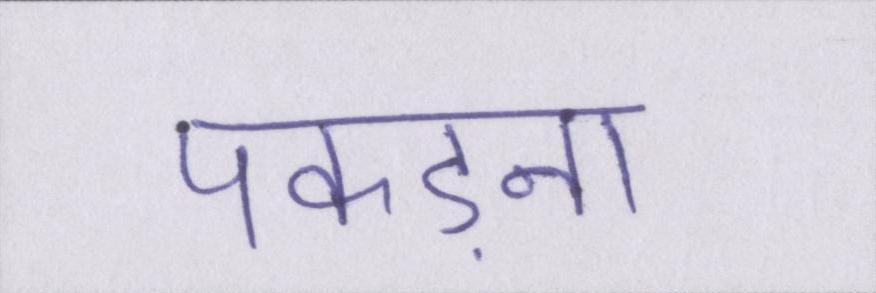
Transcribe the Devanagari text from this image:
पकड़ना